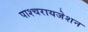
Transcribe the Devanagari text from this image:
पाश्‍चरायजेशन